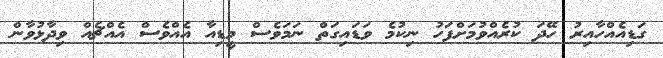
ގަޑިއެއްހާއިރު ހޭދަ ކުރެއްވުމަށްފަހު ނިކުމެ ވަޑައިގަތް ނަމަވެސް މީޑިއާ އެއްވެސް އެއްޗެއް ވިދާޅުވާން